Insane asylums in Bengal annual reports 1867-1875 - 1867-1875
Year: 1867
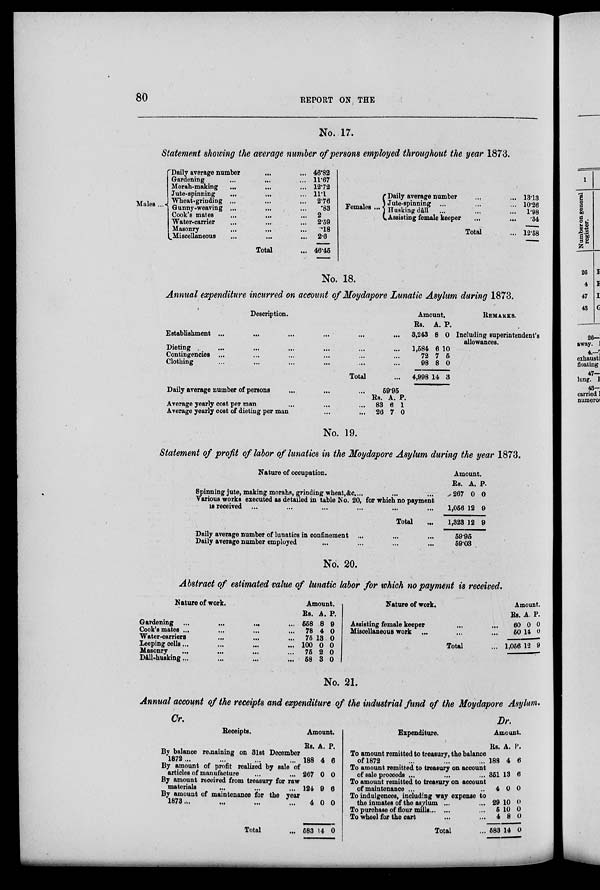
80
REPORT ON THE
No. 17.
Statement showing the average number of persons employed throughout the year 1873.
Males ...
Daily average number ... ...
Gardening
...
...
...
Morah-making ... ... ...
Jute-spinning ... ... ...
Wheat-grinding ... ... ...
Gunny-weaving ... ... ...
Cook's mates ... ... ...
Water-carrier ... ... ...
Masonry ... ... ...
Miscellaneous ... ... ...
Total ...
46.82
11.67
12.72
11.1
2.76
.83
2
2.59
.18
2.6
46.45
Females ...
Daily average number ... ...
Jute-spinning ... ... ...
Husking dâll ... ... ...
Assisting female keeper ... ...
Total ...
13.13
10.26
1.98
.34
12.58
No. 18.
Annual expenditure incurred on account of Moydapore Lunatic Asylum during 1873.
Description.
Establishment ... ... ... ... ... ...
Dieting ... ... ... ... ... ...
Contingencies ... ... ... ... ... ...
Clothing ... ... ... ... ... ...
Total ...
Amount.
Rs.
3,243
1,584
72
98
4,998
A.
8
6
7
8
14
P.
0
10
5
0
3
REMARKS.
Including superintendent's
allowances.
Daily average number of persons ... ... ...
Average yearly cost per man ... ... ...
Average yearly cost of dieting per man ... ...
59.95
Rs.
83
26
A.
6
7
P.
1
0
No. 19.
Statement of profit of labor of lunatics in the Moydapore Asylum during the year 1873.
Nature of occupation.
Spinning jute, making morahs, grinding wheat, &c. ... ... ...
Various works executed as detailed in table No. 20, for which no payment
is received ... ... ... ... ... ...
Total ...
Daily average number of lunatics in confinement ... ... ...
Daily average number employed ... ... ... ...
Amount.
Rs.
267
1,056
1,323
A.
0
12
12
P.
0
9
9
59.95
59.03
No. 20.
Abstract of estimated value of lunatic labor for which no payment is received.
Nature of work.
Gardening
...
...
...
...
Cook's mates ... ... ... ...
Water-carriers ... ... ...
Leeping cells... ... ... ...
Masonry ... ... ... ...
Dâll-husking... ... ... ...
Amount.
Rs.
558
78
75
100
75
58
A.
8
4
13
0
2
3
P.
9
0
0
0
0
0
Nature of work.
Assisting female keeper ... ...
Miscellaneous work ... ... ...
Total ...
Amount.
Rs.
60
50
1,056
A.
0
14
12
P.
0
0
9
No. 21.
Annual account of the receipts and expenditure of the industrial fund of the Moydapore Asylum.
Cr.
Receipts.
By balance remaining on 31st December
1872... ... ... ...
By amount of profit realized by sale of
articles of manufacture ... ...
By amount received from treasury for raw
materials ... ... ...
By amount of maintenance for the year
1873 ...
...
...
...
Total ...
Amount.
Rs.
188
267
124
4
583
A.
4
0
9
0
14
P.
6
0
6
0
0
Dr.
Expenditure.
To amount remitted to treasury, the balance
of 1872 ... ... ...
To amount remitted to treasury on account
of sale proceeds ... ... ...
To amount remitted to treasury on account
of maintenance ... ...
To indulgences, including way expense to
the inmates of the asylum ... ...
To purchase of flour mills... ... ...
To wheel for the cart ... ...
Total ...
Amount.
Rs.
188
351
4
29
5
4
583
A.
4
13
0
10
10
8
14
P.
6
6
0
0
0
0
0